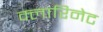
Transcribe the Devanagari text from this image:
क्लारिनेट